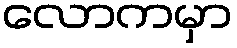
လောကမှာ